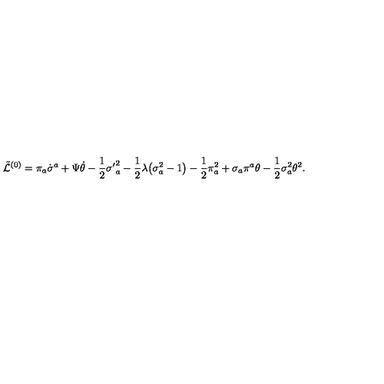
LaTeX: \tilde { \cal L } ^ { ( 0 ) } = \pi _ { a } \dot { \sigma } ^ { a } + \Psi \dot { \theta } - \frac { 1 } { 2 } { \sigma ^ { \prime } } _ { a } ^ { 2 } - \frac { 1 } { 2 } \lambda \bigl ( \sigma _ { a } ^ { 2 } - 1 \bigr ) - \frac { 1 } { 2 } \pi _ { a } ^ { 2 } + \sigma _ { a } \pi ^ { a } \theta - \frac { 1 } { 2 } \sigma _ { a } ^ { 2 } \theta ^ { 2 } .